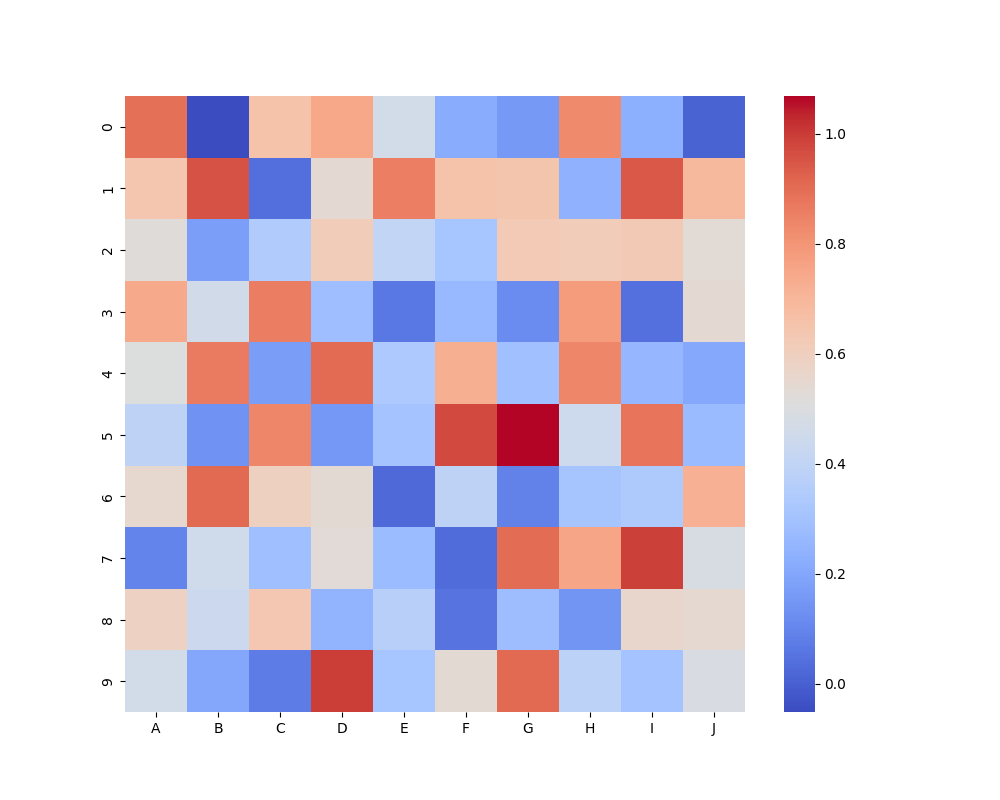
python, seaborn, heatmap, cmap='coolwarm', linewidths=0.0, center=none